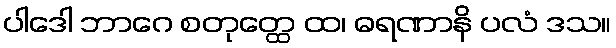
ပါဒေါ ဘာဂေ စတုတ္ထေ ထ၊ ဓရဏာနိ ပလံ ဒသ။